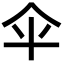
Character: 伞